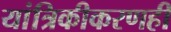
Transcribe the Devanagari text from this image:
यांत्रिकीकरणही